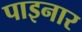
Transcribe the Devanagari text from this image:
पाइनार